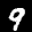
Label: 9